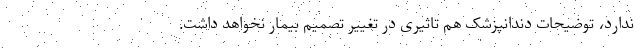
ندارد، توضیحات دندانپزشک هم تاثیری در تغییر تصمیم بیمار نخواهد داشت.